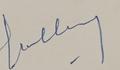
Signature authenticity: genuine